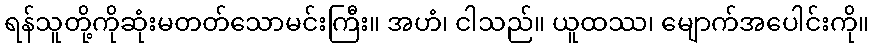
ရန်သူတို့ကိုဆုံးမတတ်သောမင်းကြီး။ အဟံ၊ ငါသည်။ ယူထဿ၊ မျောက်အပေါင်းကို။